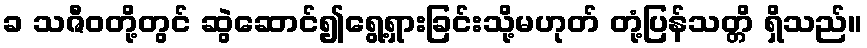
ခ သဇီဝတို့တွင် ဆွဲဆောင်၍ရွေ့ရှားခြင်းသို့မဟုတ် တုံ့ပြန်သတ္တိ ရှိသည်။